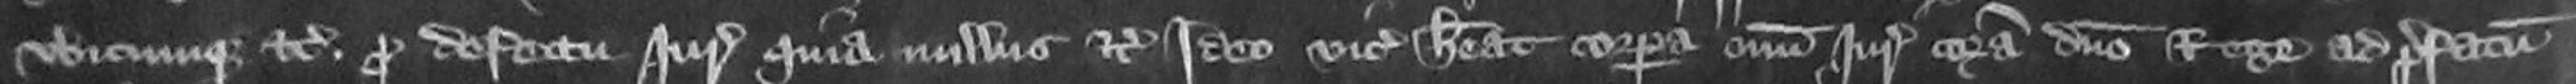
ubicumque etc pro defectum juratoram quia nullus etc Ideo vicecomes habeat corpora omnium juratorum coram domino Rege ad prefatum